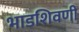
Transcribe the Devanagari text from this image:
भाडशिवणी